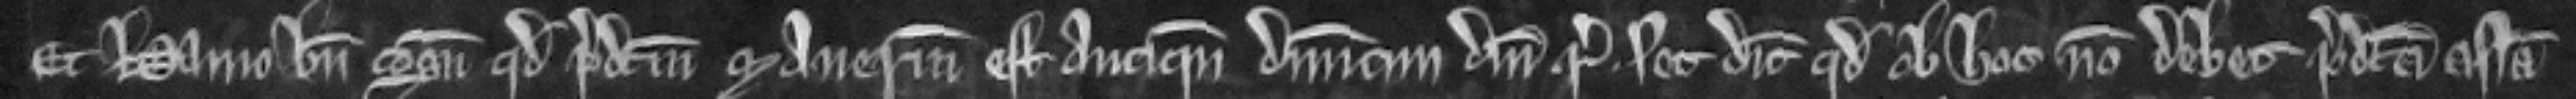
Et Hamo bene cognoscit quod predictum manerium est antiquum dominicum domini regis set dicit quod ob hoc non debet predicta assisa